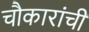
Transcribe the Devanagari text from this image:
चौकारांची